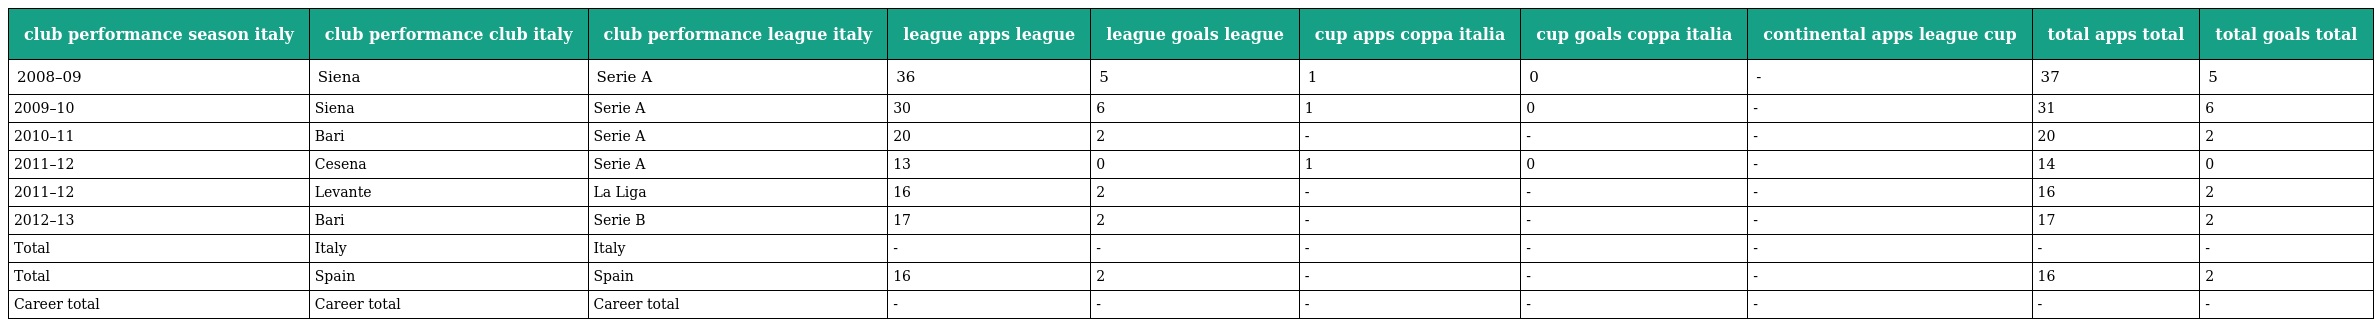
| club performance season italy | club performance club italy | club performance league italy | league apps league | league goals league | cup apps coppa italia | cup goals coppa italia | continental apps league cup | total apps total | total goals total |
 | --- | --- | --- | --- | --- | --- | --- | --- | --- | --- |
 | 2008–09 | Siena | Serie A | 36 | 5 | 1 | 0 | - | 37 | 5 |
 | 2009–10 | Siena | Serie A | 30 | 6 | 1 | 0 | - | 31 | 6 |
 | 2010–11 | Bari | Serie A | 20 | 2 | - | - | - | 20 | 2 |
 | 2011–12 | Cesena | Serie A | 13 | 0 | 1 | 0 | - | 14 | 0 |
 | 2011–12 | Levante | La Liga | 16 | 2 | - | - | - | 16 | 2 |
 | 2012–13 | Bari | Serie B | 17 | 2 | - | - | - | 17 | 2 |
 | Total | Italy | Italy | - | - | - | - | - | - | - |
 | Total | Spain | Spain | 16 | 2 | - | - | - | 16 | 2 |
 | Career total | Career total | Career total | - | - | - | - | - | - | - |